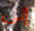
إلى